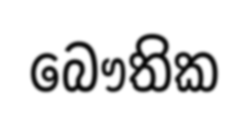
බෞතික